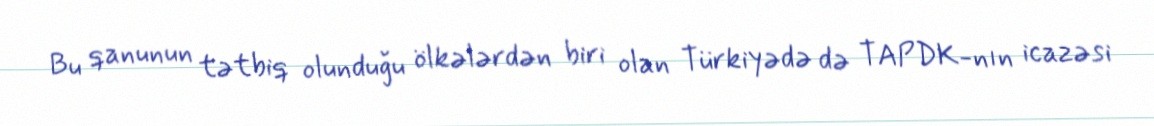
Bu qanunun tətbiq olunduğu ölkələrdən biri olan Türkiyədə də TAPDK-nın icazəsi